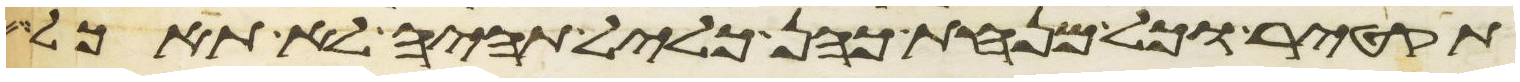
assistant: תקטיר וכל מנחת כהן כליל תהיה לא תאכל